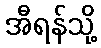
အီရန်သို့